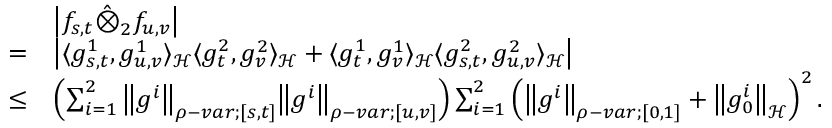
\begin{array} { r l } & { \left| f _ { s , t } \hat { \otimes } _ { 2 } f _ { u , v } \right| } \\ { = } & { \left| \langle g _ { s , t } ^ { 1 } , g _ { u , v } ^ { 1 } \rangle _ { \mathcal { H } } \langle g _ { t } ^ { 2 } , g _ { v } ^ { 2 } \rangle _ { \mathcal { H } } + \langle g _ { t } ^ { 1 } , g _ { v } ^ { 1 } \rangle _ { \mathcal { H } } \langle g _ { s , t } ^ { 2 } , g _ { u , v } ^ { 2 } \rangle _ { \mathcal { H } } \right| } \\ { \leq } & { \left( \sum _ { i = 1 } ^ { 2 } { \left\lVert { g ^ { i } } \right\rVert } _ { \rho - v a r ; [ s , t ] } { \left\lVert { g ^ { i } } \right\rVert } _ { \rho - v a r ; [ u , v ] } \right) \sum _ { i = 1 } ^ { 2 } \left( { \left\lVert { g ^ { i } } \right\rVert } _ { \rho - v a r ; [ 0 , 1 ] } + { \left\lVert { g _ { 0 } ^ { i } } \right\rVert } _ { \mathcal { H } } \right) ^ { 2 } . } \end{array}